Suure-Kopu_vallavalitsus, lk 65
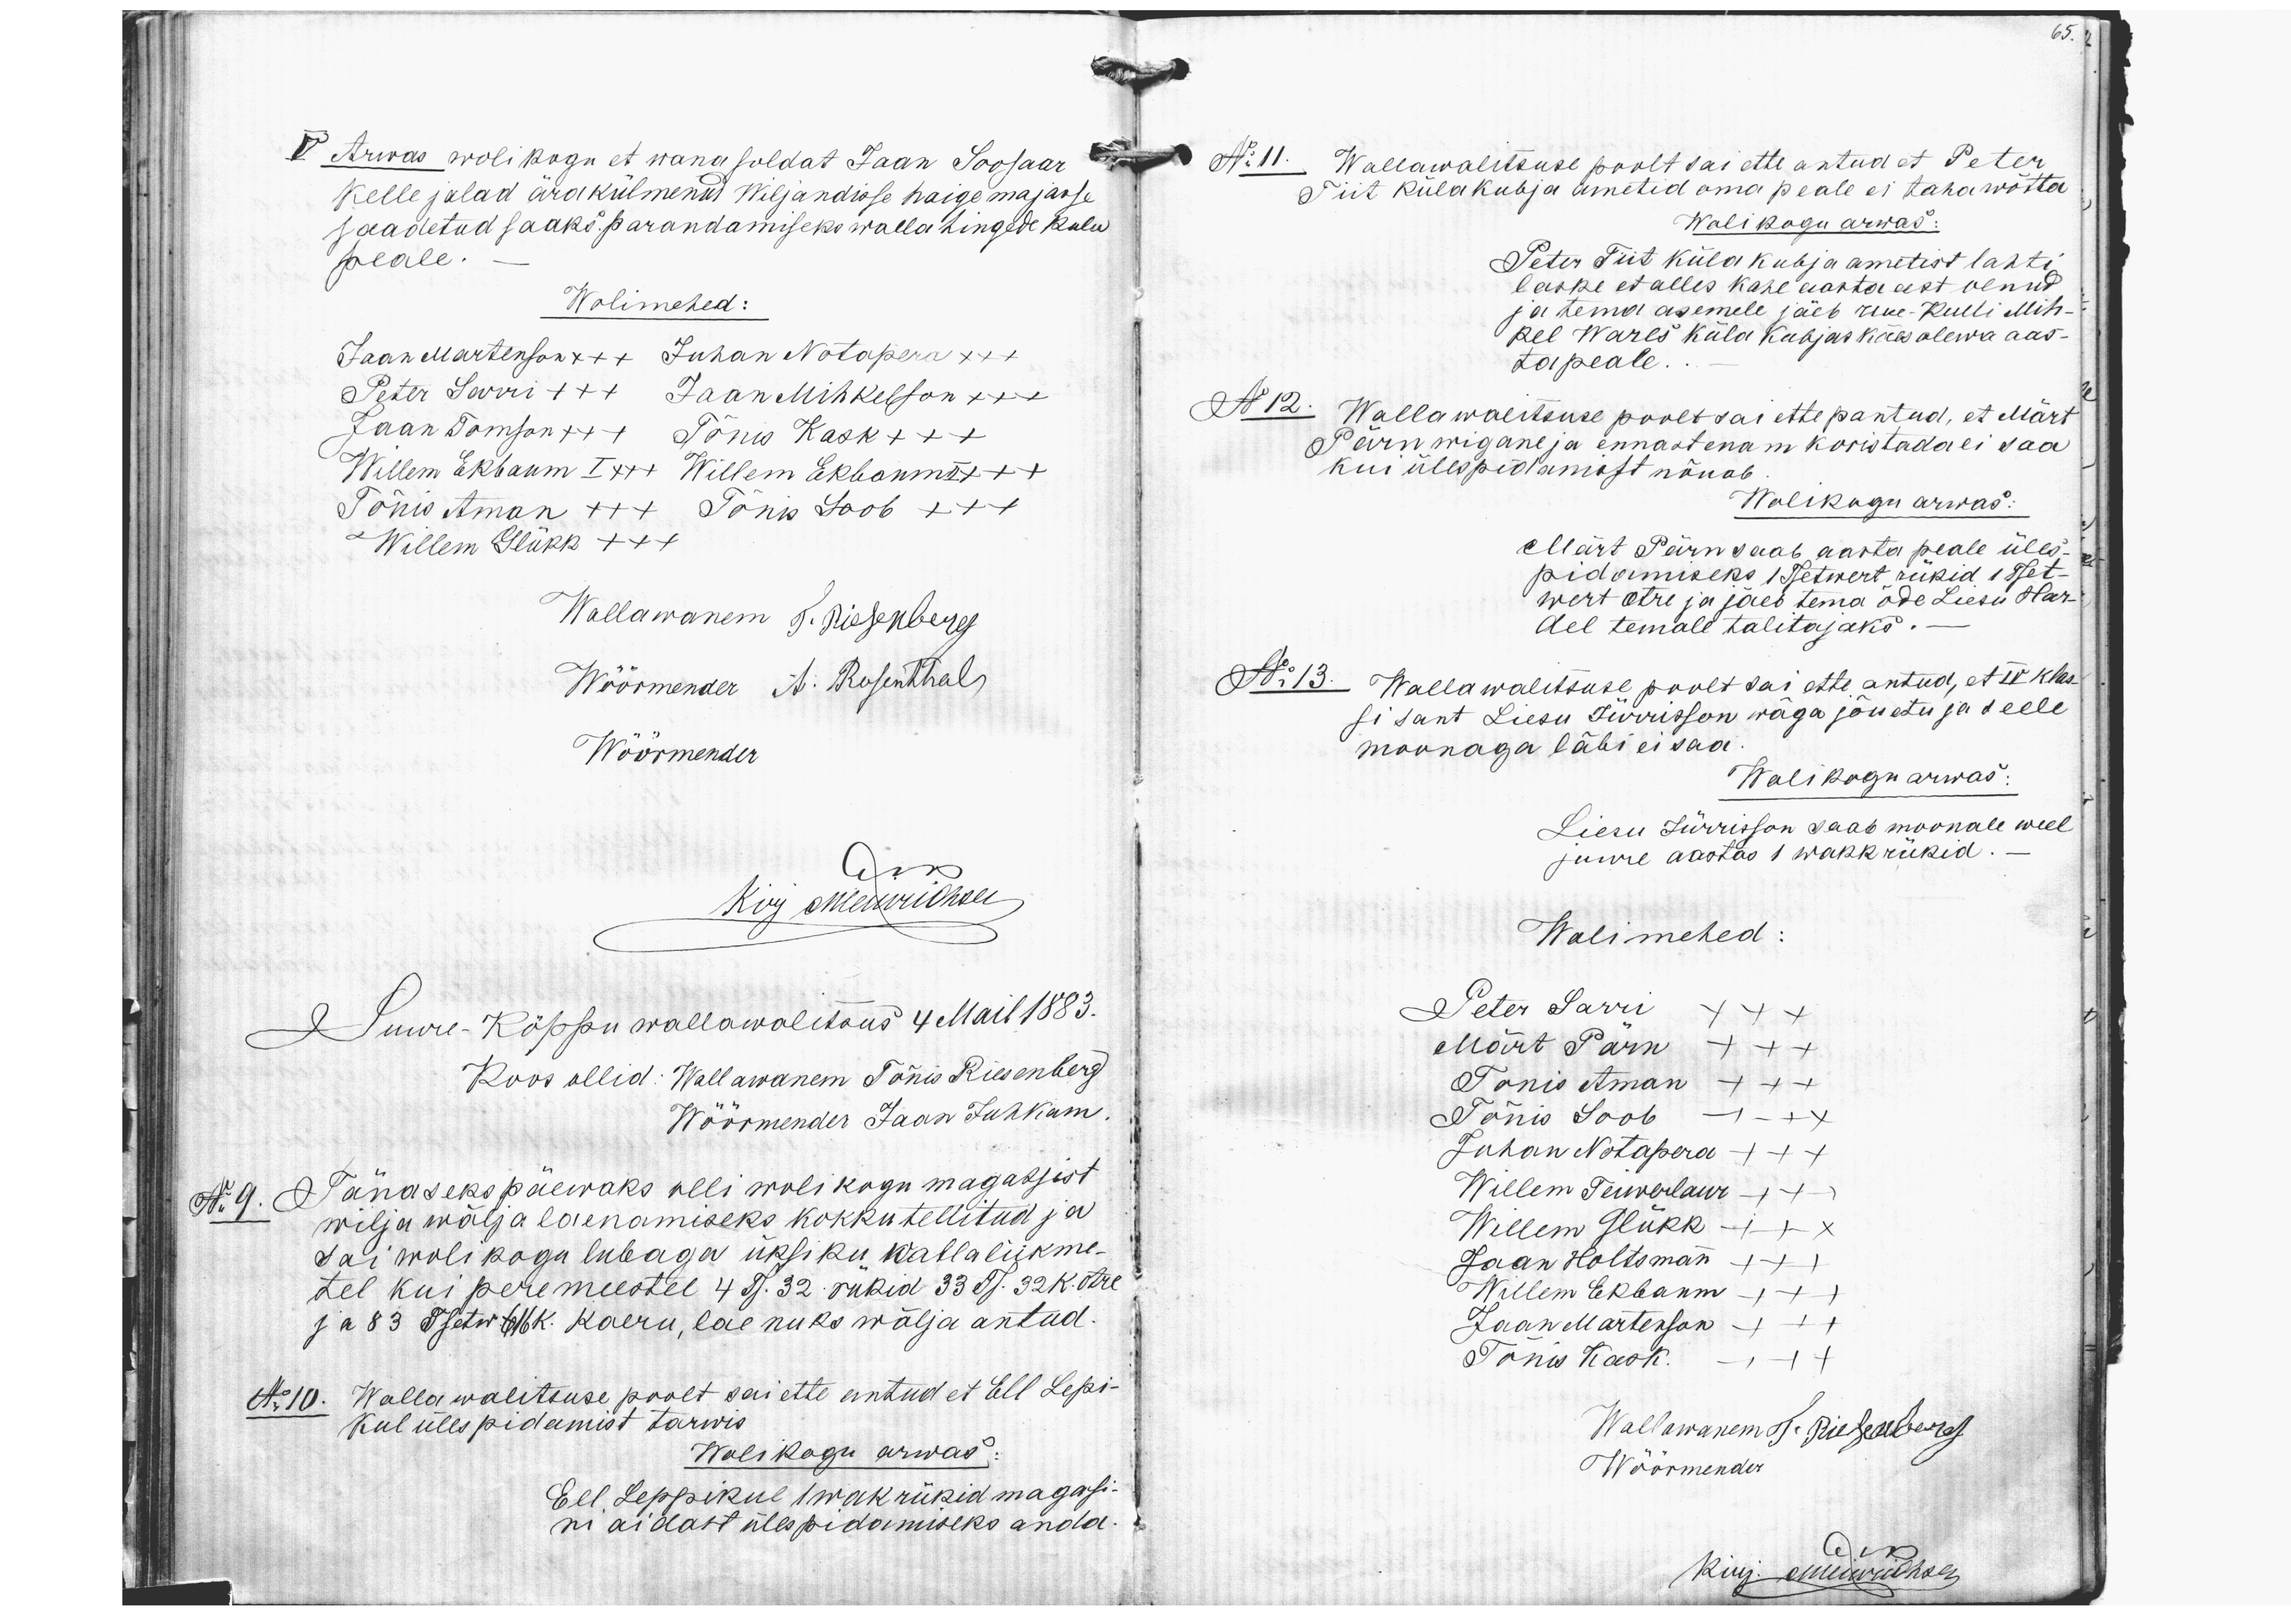
V Arwas wolikogu et wana soldat Jaan Soosaar
kelle jalad ära külmenud Wiljandisse haige majasse
saadetud saaks parandamiseks walla hingede kulu
peale.
Wolimehed:
Jaan Martenson x++ Juhan Notapera xxx
Peter Sarri +++ Jaan Mihkelson xxx
Jaan Tomson +++ Tõnis Kask +xx
Willem Ekbaum I x++ Willem Ekbaum II x++
Tõnis Amman ++x Tõnu Soob x++
Willem Glükk +++
Wallawanem J. Riesenberg
Wöörmender A. Rosenthal
Wöörmender
Kirj meiewiid kell
Suure-Kõppu wallawalitsus 4 Mail 1883.
Koos ollid: Wallawanem Tõnis Riesenberg
Wöörmender Jaan Juhkam
No 9. Tänaseks päewaks olli wolikogu magatsist
wilja wälja laenamiseks kokkutellitud ja
sai wolikogu lubaga üksiku wallaliikme-
tel kui peremeestel 4 Ts 32 rükid 33 Ts. 32 K. otre
ja 83 Tsetw 616 K. Kaeru, laenuks wälja antud.
No 10. Wallawalitsuse poolt sai ette antud et Eell Lepi-
kul ülespidamist tarwis
Wolikogu arwas:
Eel Leppikul 1 wak rükid magasi-
ni aidast ülespidamiseks anda.
No 11. Wallawalitsuse poolt sai ette antud et Peter
Tiit külakubja ametid oma peale ei taha wõtta
Wolikogu arwas:
Peter Tiit küla kubja ametist lahti
laske et alles kahe aasta eest olnud
ja tema asemele jäeb Uue-Kulli Mih-
kel Wares küla kubjas käesolewa aas-
tapeale.
No 12. Wallawalitsuse poolt sai ettepantud, et Märt
Pärn wigane ja ennast enam koristada ei saa
kui ülespidamast nõuab.
Wolikogu arwas:
Märt Pärn saab aasta peale üles-
pidamiseks 1 Tsetwert rükid 1 Tset-
wert otre ja jäeb tema õde Liesu Har-
del temale talitajaks.
No 13. Wallawalitsuse poolt sai ette antud, et IV klas-
si sant Liesu Jürrisson wäga jõuetu ja seele
moonaga läbi ei saa.
Wolikogu arwas
Liesu Jürrisson saab moonale weel
juure aastas 1 wakk rükid.
Wolimehed:
Peter Sarri xxx
Märt Pärn +++
Tõnis Aman +++
Tõnis Soob ++x
Juhan Notapera +++
Willem Teiwerlaur +++
Willem Glükk ++x
Jaan Holtsman +++
Willem Ekbaum +++
Jaan Martenson +++
Tõnu Kask. +++
Wallawanem K. Riesenberg
Wöörmender
kirj. Meiewühse